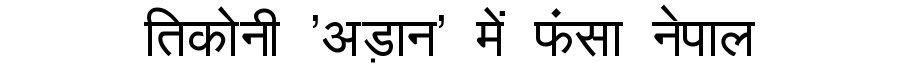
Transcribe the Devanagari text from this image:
तिकोनी 'अड़ान' में फंसा नेपाल